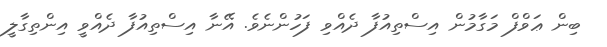
ބިން ޢަވްފް މަގާމުން އިސްތިއުފާ ދެއްވި ފަހުންނެވެ. އޭނާ އިސްތިއުފާ ދެއްވީ އިންތިގާލީ